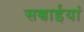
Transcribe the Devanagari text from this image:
सच्चाईयां